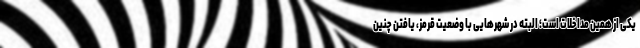
یکی از همین مداخلات است؛ البته در شهرهایی با وضعیت قرمز، یافتن چنین